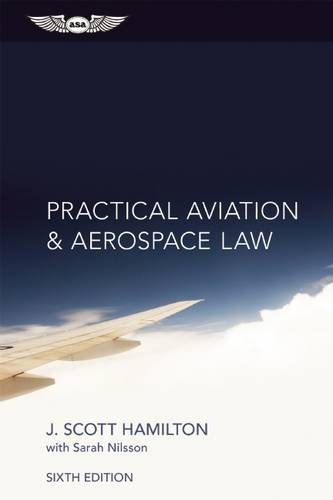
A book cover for Practical Aviation & Aerospace Law; J. Scott Hamilton; Engineering & Transportation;